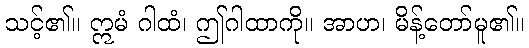
သင့်၏။ ဣမံ ဂါထံ၊ ဤဂါထာကို။ အာဟ၊ မိန့်တော်မူ၏။